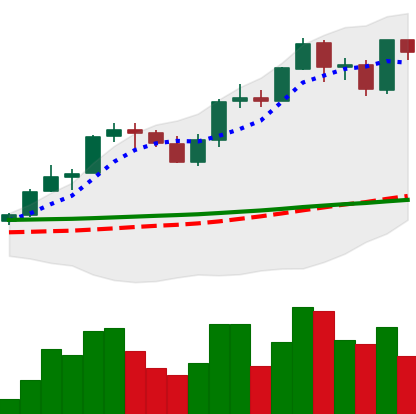
Ticker: ADA-USD
Chart end date: 2021-08-28
Forward return: 4.072%
Label: up_3_5